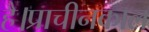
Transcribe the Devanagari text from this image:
है।प्राचीनकाल